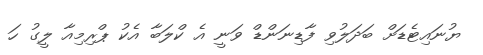
ޔުނައިޓެޑަށް ބަދަލުވި ފާޑިނަންޑް ވަނީ އެ ކްލަބާ އެކު ޕްރިމިއާ ލީގު ހަ